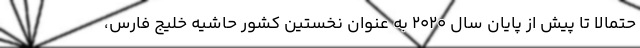
حتمالا تا پیش از پایان سال ۲۰۲۰ به عنوان نخستین کشور حاشیه خلیج فارس،